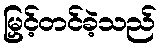
မြှင့်တင်ခဲ့သည်